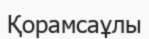
Қорамсаұлы